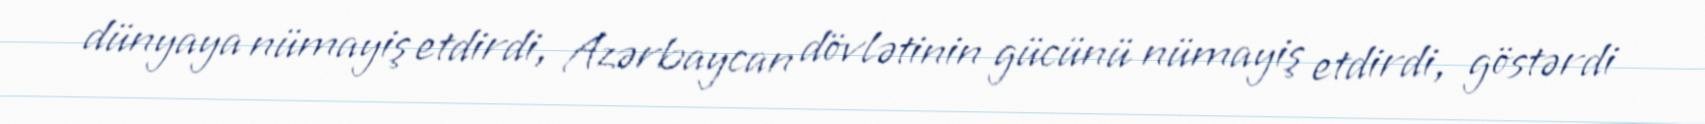
dünyaya nümayiş etdirdi, Azərbaycan dövlətinin gücünü nümayiş etdirdi, göstərdi